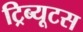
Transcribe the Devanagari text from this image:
ट्रिब्यूटस